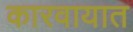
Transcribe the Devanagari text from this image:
कारवायात